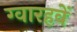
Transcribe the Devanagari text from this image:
ग्वारहवें